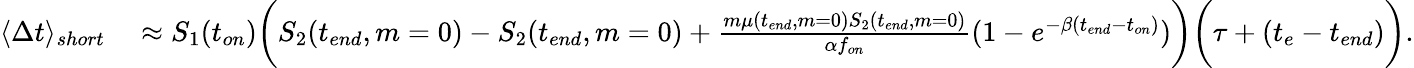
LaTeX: \begin{array}{rl}{\langle\Delta t\rangle_{short}}&{{}\approx S_{1}(t_{on})\bigg(S_{2}(t_{end},m=0)-S_{2}(t_{end},m=0)+\frac{m\mu(t_{end},m=0)S_{2}(t_{end},m=0)}{\alpha f_{on}}(1-e^{-\beta(t_{end}-t_{on})})\bigg)\bigg(\tau+(t_{e}-t_{end})\bigg).}\end{array}